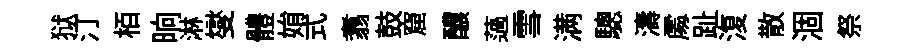
狱汀栢晌淋燮體姢式翥鼓窟醲薖雪满驄濤𠁅趾𣸪散涸祭